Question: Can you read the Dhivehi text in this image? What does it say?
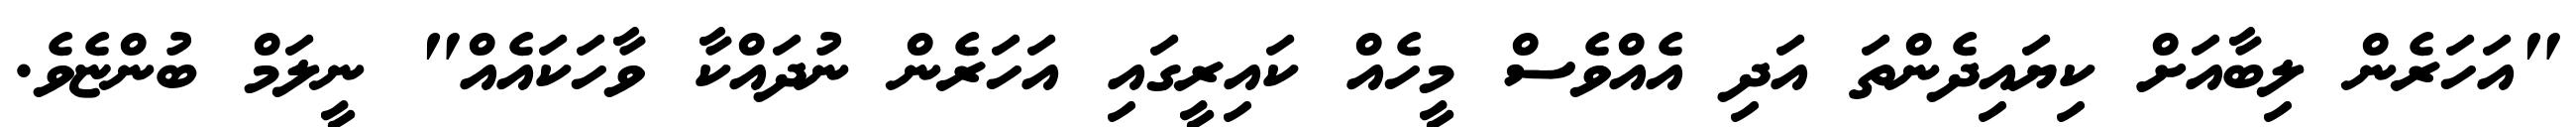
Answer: "އަހަރެން ލިބާއަށް ކިޔައިދެންތަ އަދި އެއްވެސް މީހެއް ކައިރީގައި އަހަރެން ނުދައްކާ ވާހަކައެއް" ނީލަމް ބުންޏެވެ.